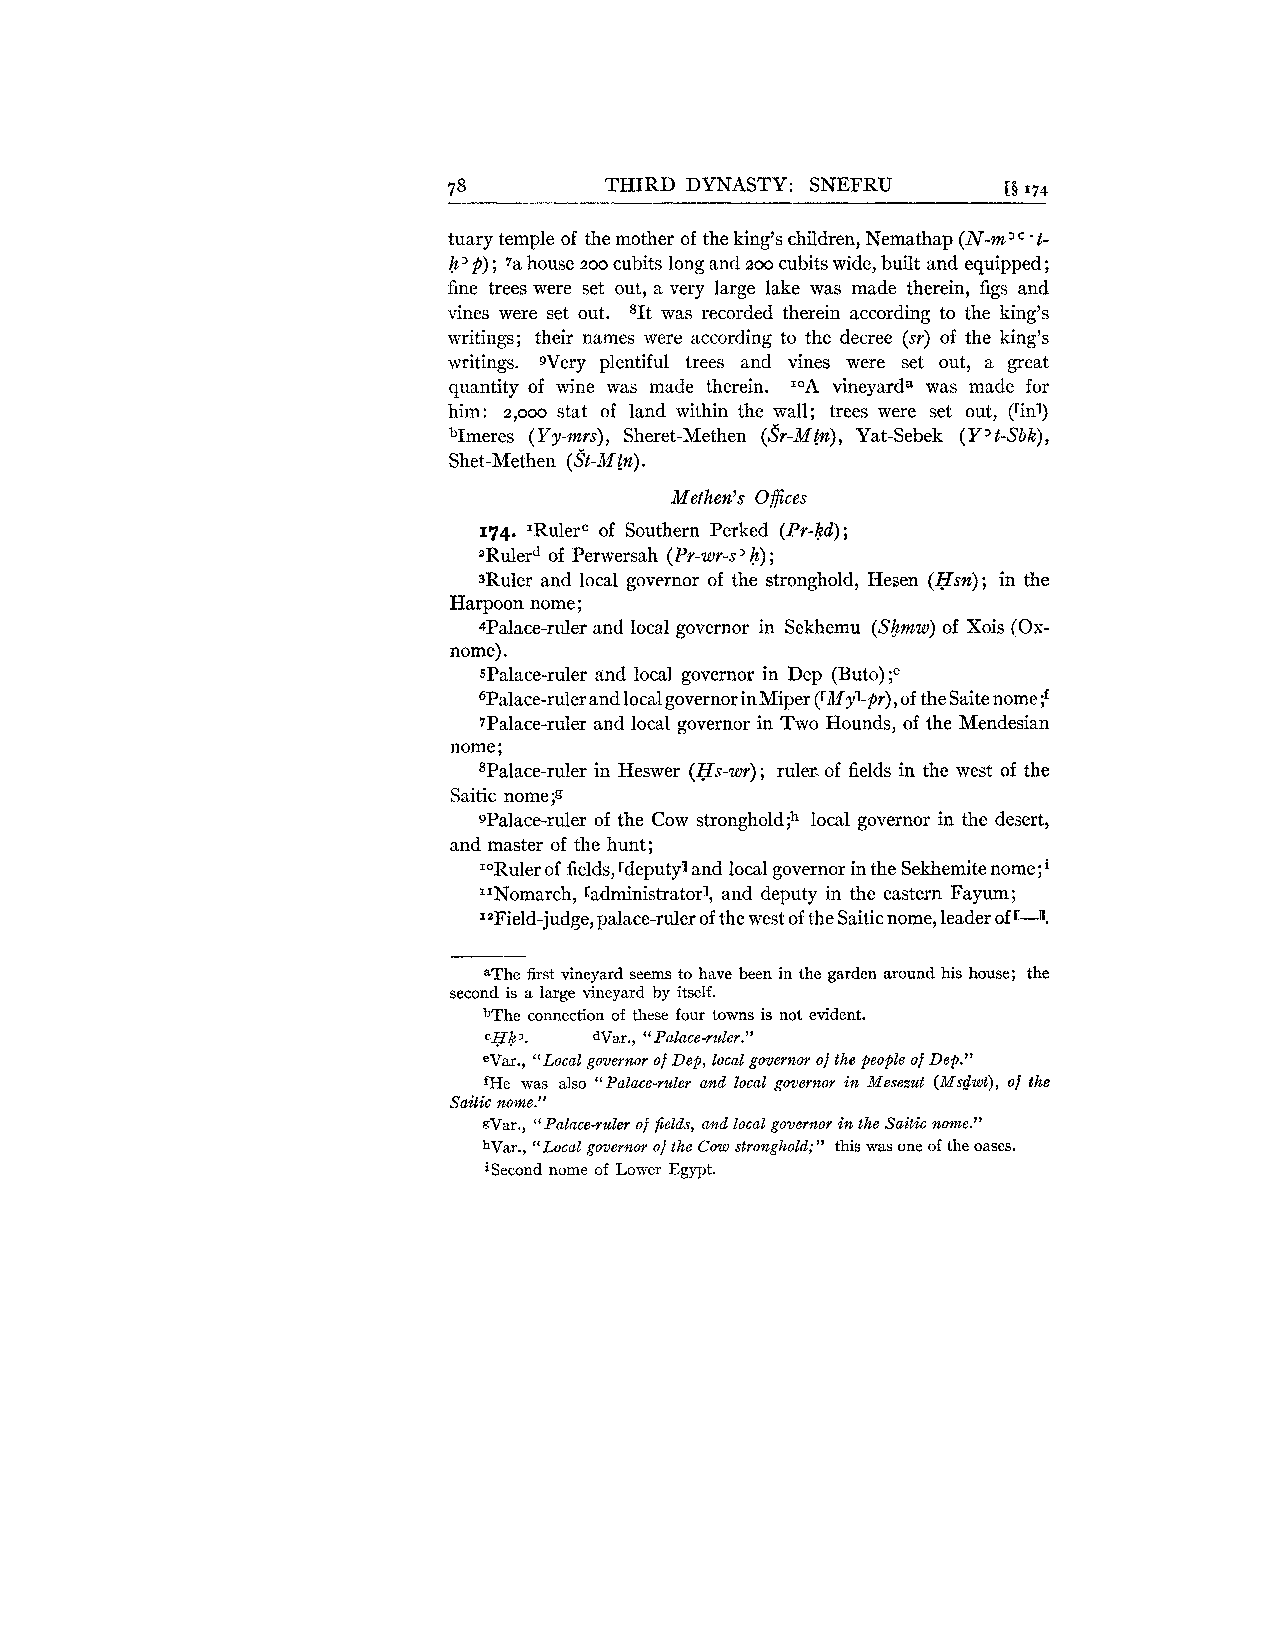
78        THIRD DYNASTY: SNEFRU      [B 174
 tuary temple of the mother of the king's children, Nemathap (N-m3=' t-
 h p) ; 7a house zoo cubits long and 200 cubits wide, built and equipped;
 fine trees were set out, a very large lake was made therein, figs and
 vines were set out. 8It was recorded therein according to the king's
 writings; their names were according to the decree (sr) of the king's
 writings. Wery plentiful trees and vines were set out, a great
 quantity of wine was made therein. IOA vineyard" was made for
 him: 2,000 stat of land within the wall; trees were set out, (rinl)
 bImeres (Yy-mrs), Sheret-Methen (Sr-Mtn), Yat-Sebek (Y>t-Sbk),
 Shet-Methen (St-Mtn).
 Mefhen's Offices
 174. 'Rulerc of Southern Perked (Pr-kd);
 aRulerd of Perwersah (Pr-wr-s'h);
 3Ruler and local governor of the stronghold, Hesen (Hsn); in the
 Harpoon nome;
 4Palace-ruler and local governor in Sekhemu (Skmw) of Xois (Ox-
 nome).
 spalace-ruler and local governor in Dep (Buto);"
 6Palace-ruler and local governor inMiper (rMy1-pr),o f the Saite n~me;~
 7Palace-ruler and local governor in Two Hounds, of the Mendesian
 nome ;
 spalace-ruler in Heswer (Hs-wr); ruler. of fields in the west of the
 Saitic nome;g
 spalace-ruler of the Cow strongho1d;h local governor in the desert,
 and master of the hunt;
 IoRuler of fields, rdeputy! and local governor in the Sekhemite nome;
 IINomarch, radministratorj, and deputy in the eastern Fayum;
 IaField-judge, palace-ruler of the west of the Saitic nome, leader of c-n.
 aThe first vineyard seems to have been in the garden around his house; the
 second is a large vineyard by itself.
 bThe connection of these four towns is not evident.
 cek '. War., " Palace-ruler."
 eVar., "Local governor of Dep, local governor of the people of Dep."
 fHe was also " Palace-ruler and local governor in Mesezut (Msdwt), of the
 Saitic nome."
 gVar., " Palace-ruler of fields, and local governor k the Saitic nome."
 hVar., "Local governor of the Cow stronghold;" this was one of the oases.
 iSecond nome of Lower Egypt.